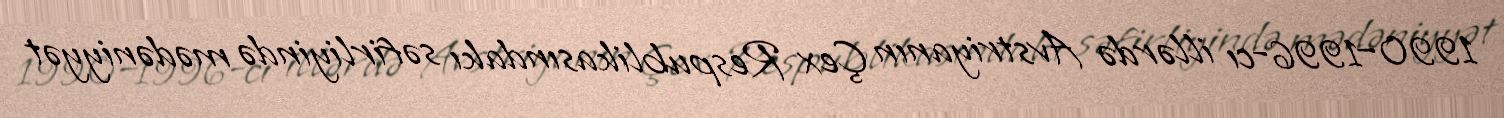
1990–1996-cı illərdə Avstriyanın Çex Respublikasındakı səfirliyində mədəniyyət